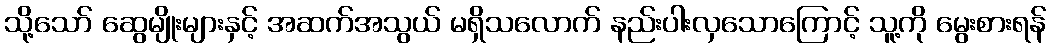
သို့သော် ဆွေမျိုးများနှင့် အဆက်အသွယ် မရှိသလောက် နည်းပါးလှသောကြောင့် သူ့ကို မွေးစားရန်